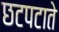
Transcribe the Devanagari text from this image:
छटपटाते